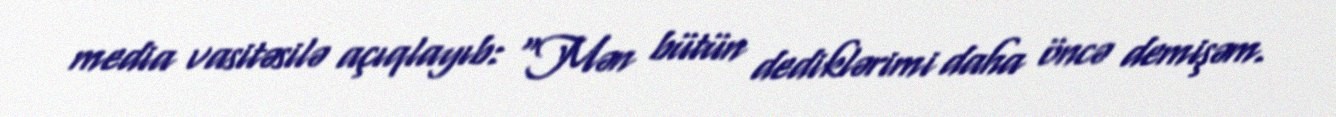
media vasitəsilə açıqlayıb: “Mən bütün dediklərimi daha öncə demişəm.